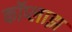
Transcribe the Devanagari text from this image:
कॉप्लाझ